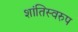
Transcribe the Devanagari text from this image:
शांतिस्वरुप